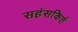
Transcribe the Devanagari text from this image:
सहंसकिर्त